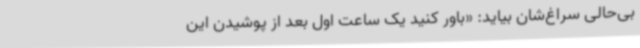
بی‌حالی سراغ‌شان بیاید: «باور کنید یک ساعت اول بعد از پوشیدن این